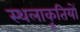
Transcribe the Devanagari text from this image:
स्थलाकॄतियों